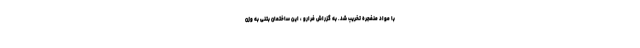
با مواد منفجره تخریب شد. به گزراش فرارو ، این ساختمان بتنی به وزن